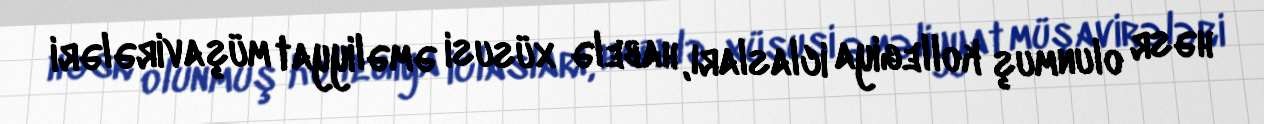
həsr olunmuş kollegiya iclasları, habelə xüsusi əməliyyat müşavirələri